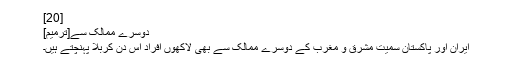
[20]
دوسرے ممالک سے[ترمیم]
ایران اور پاکستان سمیت مشرق و مغرب کے دوسرے ممالک سے بھی لاکھوں افراد اس دن کربلا پہنچتے ہیں۔